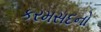
કરમસદનો